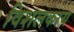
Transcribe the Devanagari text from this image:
विशलकाय